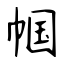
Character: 帼